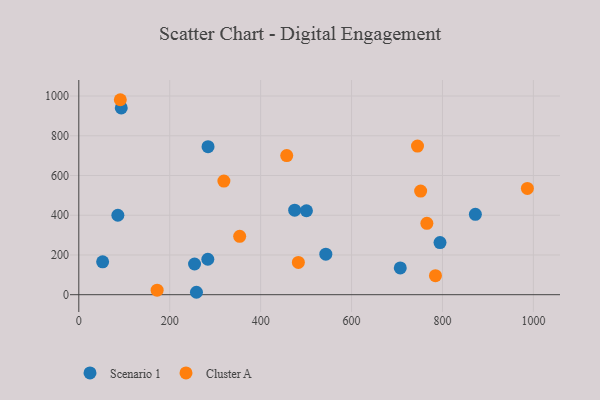
{"axis": {"x": "Ad Spend", "y": "Exam Score"}, "legend": ["Cluster A", "Scenario 1"], "data": [{"x": "254.6", "y": 154.5, "type": "Scenario 1"}, {"x": "872.4", "y": 404.3, "type": "Scenario 1"}, {"x": "474.9", "y": 425.2, "type": "Scenario 1"}, {"x": "93.4", "y": 940.0, "type": "Scenario 1"}, {"x": "543.4", "y": 204.2, "type": "Scenario 1"}, {"x": "284.3", "y": 745.1, "type": "Scenario 1"}, {"x": "794.6", "y": 262.2, "type": "Scenario 1"}, {"x": "500.8", "y": 422.5, "type": "Scenario 1"}, {"x": "283.8", "y": 178.4, "type": "Scenario 1"}, {"x": "85.9", "y": 399.8, "type": "Scenario 1"}, {"x": "258.8", "y": 12.2, "type": "Scenario 1"}, {"x": "707.2", "y": 134.9, "type": "Scenario 1"}, {"x": "52.4", "y": 165.7, "type": "Scenario 1"}, {"x": "172.3", "y": 22.9, "type": "Cluster A"}, {"x": "353.9", "y": 293.9, "type": "Cluster A"}, {"x": "784.6", "y": 95.9, "type": "Cluster A"}, {"x": "457.4", "y": 700.2, "type": "Cluster A"}, {"x": "483.0", "y": 162.4, "type": "Cluster A"}, {"x": "319.2", "y": 571.7, "type": "Cluster A"}, {"x": "752.0", "y": 521.3, "type": "Cluster A"}, {"x": "745.1", "y": 748.2, "type": "Cluster A"}, {"x": "91.3", "y": 981.3, "type": "Cluster A"}, {"x": "765.7", "y": 359.4, "type": "Cluster A"}, {"x": "986.8", "y": 535.0, "type": "Cluster A"}]}